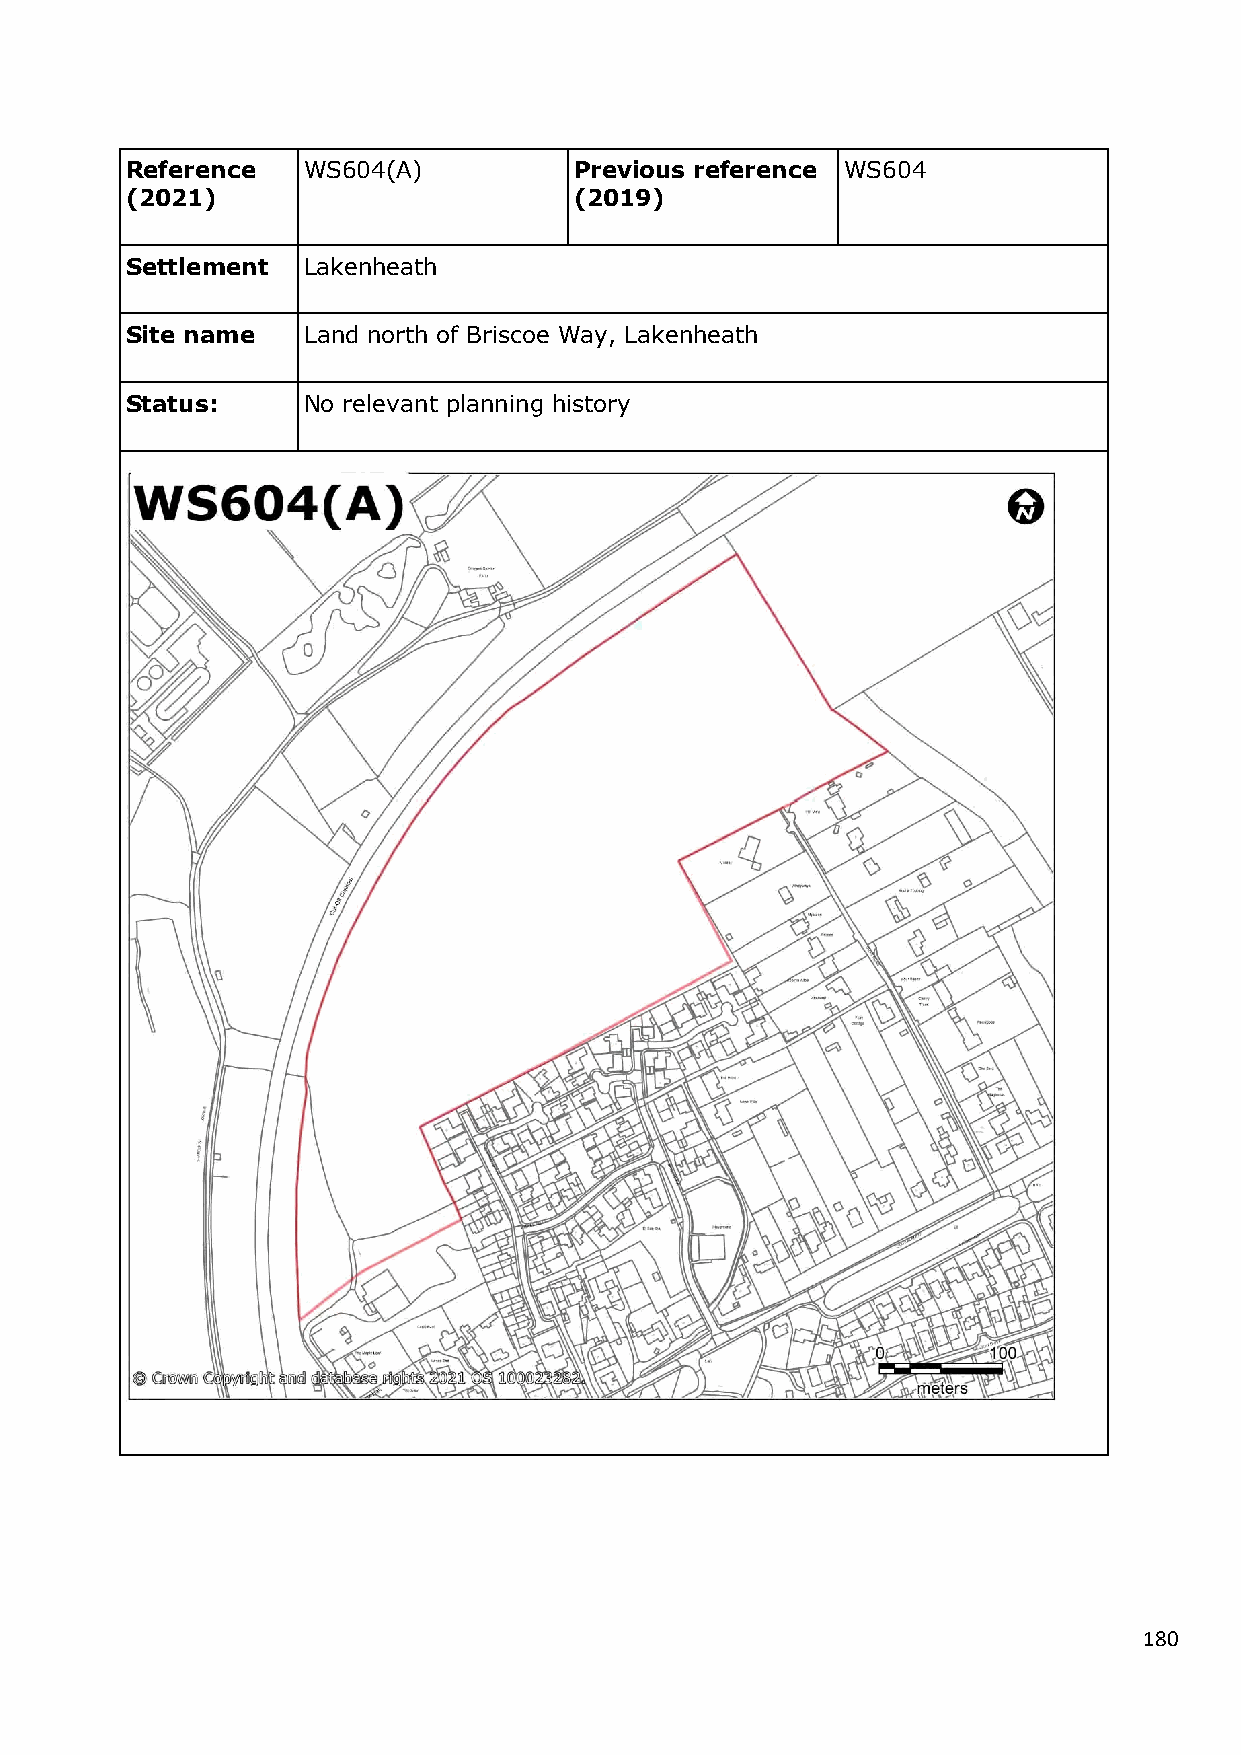
Reference   WS604(A)          Previous reference WS604
 (2021)                        (2019)
 Settlement  Lakenheath
 Site name   Land north of Briscoe Way, Lakenheath
 Status:     No relevant planning history
 180